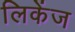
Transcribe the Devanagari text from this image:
लिकेंज